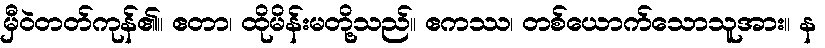
မှီဝဲတတ်ကုန်၏။ ဧတာ၊ ထိုမိန်းမတို့သည်။ ဧကဿ၊ တစ်ယောက်သောသူအား။ န